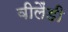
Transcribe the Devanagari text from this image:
वीलैंडी